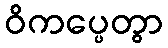
ဝိကပ္ပေတွာ